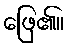
ဖြေ၏။